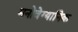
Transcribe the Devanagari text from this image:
मनोवेग्यानिक